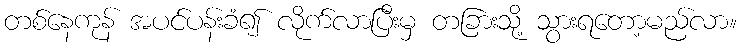
တစ်နေကုန် အပင်ပန်းခံ၍ လိုက်လာပြီးမှ တခြားသို့ သွားရတော့မည်လာ။